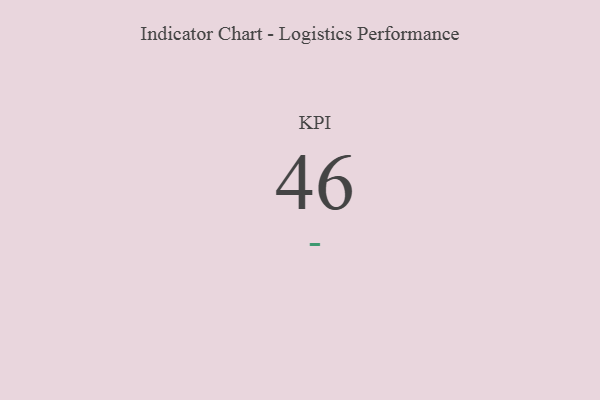
{"axis": {"x": "KPI", "y": "Value"}, "legend": [""], "data": [{"x": "KPI", "y": 46, "type": ""}]}